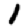
Digit: 1